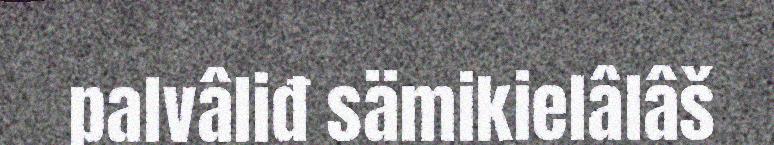
palvâliđ sämikielâlâš